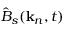
\hat { B } _ { s } ( \mathbf { k } _ { n } , t )